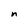
Character: n